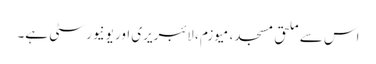
اس سے ملحق مسجد، میوزم ، لائبریری اور یونیورسٹی ہے۔